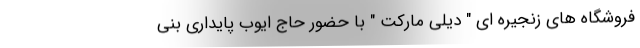
فروشگاه های زنجیره ای " دیلی مارکت " با حضور حاج ایوب پایداری بنی